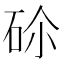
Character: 𥑒